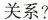
关系?